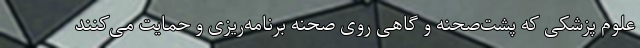
علوم پزشکی که پشت‌صحنه و گاهی روی صحنه برنامه‌ریزی و حمایت می‌کنند